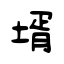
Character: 壻